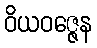
ဝိယဝဇ္ဇေန